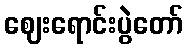
ဈေးရောင်းပွဲတော်